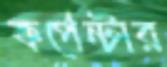
কর্পেন্টার